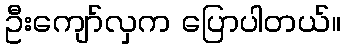
ဦးကျော်လှက ပြောပါတယ်။